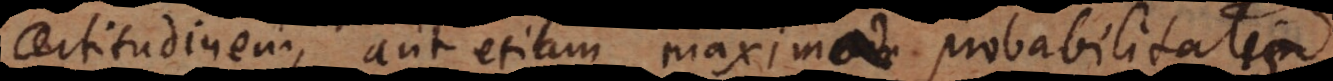
certitudinem, aut etiam maximam probabilitatem